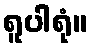
ရူပါရုံ။